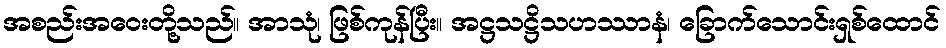
အစည်းအဝေးတို့သည်။ အာသုံ၊ ဖြစ်ကုန်ပြီး။ အဋ္ဌသဋ္ဌိသဟဿာနံ၊ ခြောက်သောင်းရှစ်ထောင်